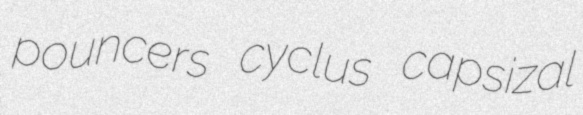
pouncers cyclus capsizal